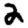
Digit: 2